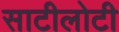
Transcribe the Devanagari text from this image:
साटीलोटी